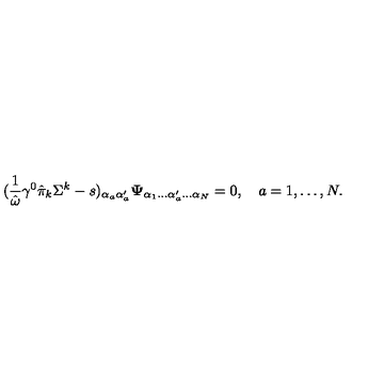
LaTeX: ( { \frac { 1 } { \hat { \omega } } } \gamma ^ { 0 } \hat { \pi } _ { k } \Sigma ^ { k } - s ) _ { \alpha _ { a } \alpha _ { a } ^ { \prime } } { \bf \Psi } _ { \alpha _ { 1 } \ldots \alpha _ { a } ^ { \prime } \ldots \alpha _ { N } } = 0 , \quad a = 1 , \ldots , N .